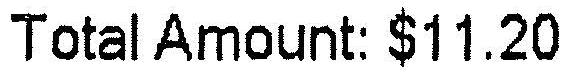
TOTAL AMOUNT: $11.20